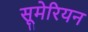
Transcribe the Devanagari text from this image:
सूमेरियन